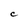
Character: C